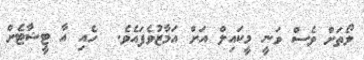
ލޯތަށް ވެސް ވަނީ މީކައިލް އަށް އަމާޒުވެފައެވެ.  ހެއި އާ ޓީޝާޓެށް